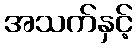
အသက်နှင့်